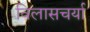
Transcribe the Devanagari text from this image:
विलासचर्या